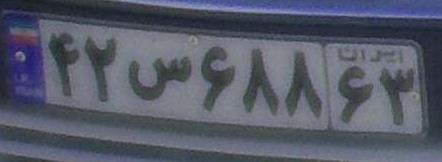
۴۲س۶۸۸۳